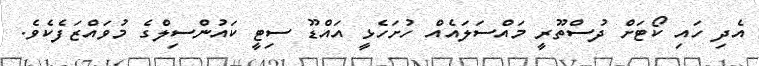
އެދި ހައި ކޯޓަށް ދުސްތޫރީ މައްސަލައެއް ހުށަހެޅީ އައްޑޫ ސިޓީ ކައުންސިލްގެ މުވައްޒަފެކެވެ.